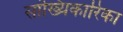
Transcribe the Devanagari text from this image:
सांख्यिकारिका